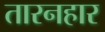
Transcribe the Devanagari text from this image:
तारनहार